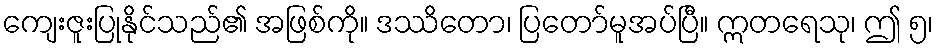
ကျေးဇူးပြုနိုင်သည်၏ အဖြစ်ကို။ ဒဿိတော၊ ပြတော်မူအပ်ပြီ။ ဣတရေသု၊ ဤ ၅၊